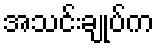
အသင်းချုပ်က